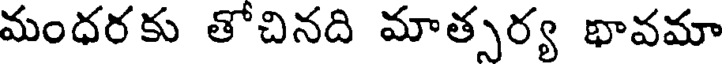
మంధరకు తోచినది మాత్సర్య భావమా